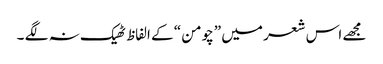
مجھے اس شعر میں ”چومن “ کے الفاظ ٹھیک نہ لگے ۔